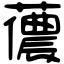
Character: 𧁓